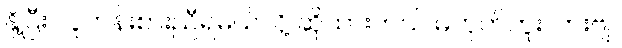
နို့ပြီး လူတန်းစားညီရမယ်လို့ ဆိုထားတယ် မဟုတ်ဘူးလားဗျ။